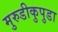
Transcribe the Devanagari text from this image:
मुरुडीकुपुडा